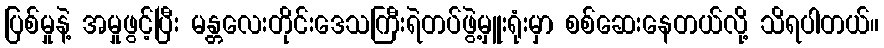
ပြစ်မှုနဲ့ အမှုဖွင့်ပြီး မန္တလေးတိုင်းဒေသကြီးရဲတပ်ဖွဲ့မှူးရုံးမှာ စစ်ဆေးနေတယ်လို့ သိရပါတယ်။